Local science and art examinations and technological examinations, 1912, 1912
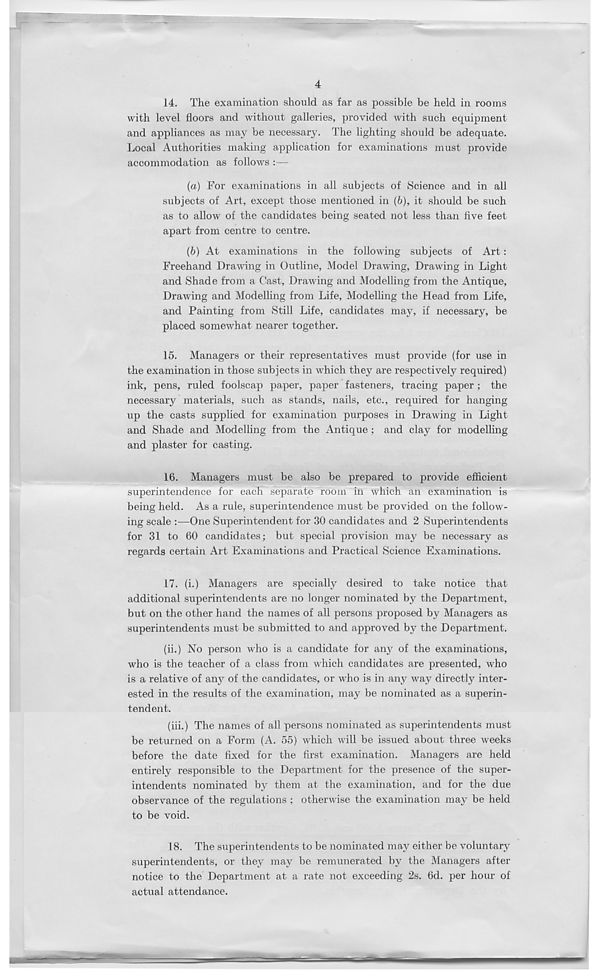
4
14. The examination should as far as possible be held in rooms
with level floors and without galleries, provided with such equipment
and appliances as may be necessary. The lighting should be adequate.
Local Authorities making application for examinations must provide
accommodation as follows :—
{a) For examinations in all subjects of Science and in all
subjects of Art, except those mentioned in (6), it should be such
as to allow of the candidates being seated not less than five feet
apart from centre to centre.
(6) At examinations in the following subjects of Art:
Freehand Drawing in Outline, Model Drawing, Drawing in Light
and Shade from a Cast, Drawing and Modelling from the Antique,
Drawing and Modelling from Life, Modelling the Head from Life,
and Painting from Still Life, candidates may, if necessary, be
placed somewhat nearer together.
15. Managers or their representatives must provide (for use in
the examination in those subjects in which they are respectively required)
ink, pens, ruled foolscap paper, paper fasteners, tracing paper ; the
necessary materials, such as stands, nails, etc., required for hanging
up the casts supplied for examination purposes in Drawing in Light
and Shade and Modelling from the Antique ; and clay for modelling
and plaster for casting.
16. Managers must be also be prepared to provide efficient
superintendence for each separate room in which an examination is
being held. As a rule, superintendence must be provided on the follow-
ing scale :—One Superintendent for 30 candidates and 2 Superintendents
for 31 to 60 candidates; but special provision may be necessary as
regards certain Art Examinations and Practical Science Examinations.
17. (i.) Managers are specially desired to take notice that
additional superintendents are no longer nominated by the Department,
but on the other hand the names of all persons proposed by Managers as
superintendents must be submitted to and approved by the Department.
(ii.) No person who is a candidate for any of the examinations,
who is the teacher of a class from which candidates are presented, who
is a relative of any of the candidates, or who is in any way directly inter-
ested in the results of the examination, may be nominated as a superin-
tendent.
(iii.) The names of all persons nominated as superintendents must
be returned on a Form (A. 55) which will be issued about three weeks
before the date fixed for the first examination. Managers are held
entirely responsible to the Department for the presence of the super-
intendents nominated by them at the examination, and for the due
observance of the regulations ; otherwise the examination may be held
to be void.
18.
The supe
superintendents, or they may be remunerated by the Managers after
notice to the Department at a rate not exceeding 2s. 6d. per hour of
actual attendance.
mmm